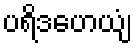
ပရိဒဟေယျံ